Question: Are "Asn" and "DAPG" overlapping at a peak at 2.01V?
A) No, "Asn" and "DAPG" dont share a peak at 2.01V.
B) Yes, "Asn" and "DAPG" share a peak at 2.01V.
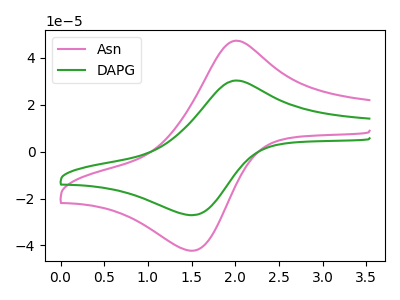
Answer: <think>The pink curve "Asn" has an anodic peak at (2.00V, 47.35uA) and a cathodic peak at (1.50V, -42.30uA). The green curve "DAPG" has an anodic peak at (2.00V, 30.35uA) and a cathodic peak at (1.50V, -27.15uA).</think>
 <answer>B) Yes, "Asn" and "DAPG" share a peak at 2.01V.</answer>
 <eval>B</eval>